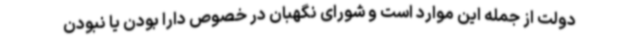
دولت از جمله این موارد است و شورای نگهبان در خصوص دارا بودن یا نبودن